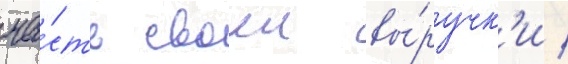
ча́сть своеи вы́ручк'и /